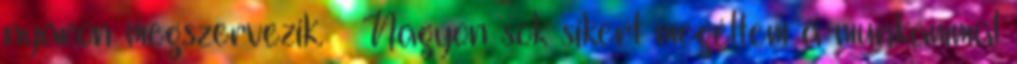
nyáron megszervezik. — Nagyon sok sikert megéltem a munkámmal